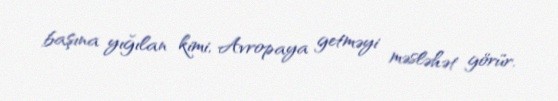
başına yığılan kimi, Avropaya getməyi məsləhət görür.